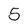
Character: 5